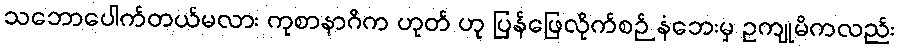
သဘောပေါက်တယ်မလား ကုစာနာဂိက ဟုတ် ဟု ပြန်ဖြေလိုက်စဉ် နံဘေးမှ ဥကျုမိကလည်း